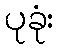
ပုခုံး